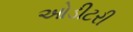
ઓડીટરી